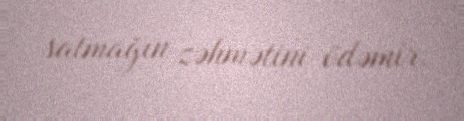
satmağın zəhmətini ödəmir.